Lunatic asylums Punjab 1895-1910 - 1895-1910
Year: 1895
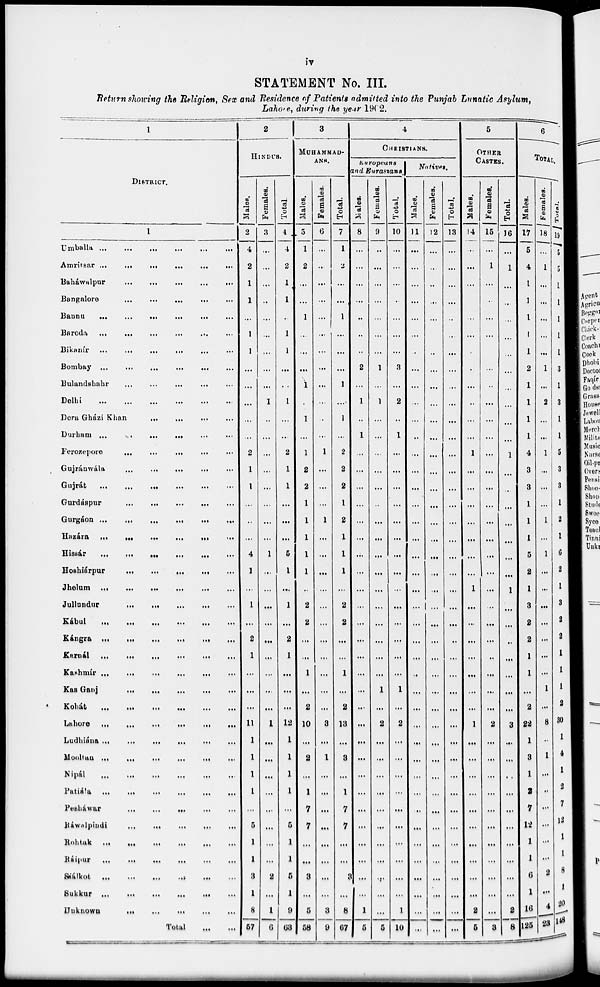
iv
STATEMENT No. III.
Return showing the Religion, Sex and Residence of Patients admitted into the Punjab Lunatic Asylum,
Lahore, during the year 1902.
1
DISTRICT.
1
Umballa
...
...
...
...
...
...
Amritsar
...
...
...
...
...
...
Baháwalpur
...
...
...
...
...
...
Bangalore
...
...
...
...
...
Bannu ... ... ... ... ... ...
Baroda
...
...
...
...
...
...
Bikanír
...
...
...
...
...
...
Bombay ...
...
...
...
...
Bulandshahr
...
...
...
...
...
...
Delhi
...
...
...
...
...
...
Dera Gházi Khan ... ... ... ... ... ...
Durham
...
...
...
...
...
...
Ferozepore
...
...
...
...
...
...
Gujránwála ... ... ... ... ... ...
Gujrát
...
...
...
...
...
...
Gurdáspur
...
...
...
...
...
Gurgáon ... ... ... ... ... ...
Hazára
...
...
...
...
...
...
Hissár
...
...
...
...
...
...
Hoshiárpur
...
...
...
...
...
Jhelum ...
...
...
...
...
...
Jullundur
...
...
...
...
...
...
Kábul
...
...
...
...
...
...
Kángra
...
...
...
...
...
...
Karnál
...
...
...
...
...
...
Kashmír
...
...
...
...
...
...
Kas Ganj ... ... ... ... ... ...
Kohát
...
...
...
...
...
...
Lahore
...
...
...
...
...
...
Ludhiána
...
...
...
...
...
...
Mooltan
...
...
...
...
...
...
Nipál
...
...
...
...
...
...
Patiála
...
...
...
...
...
...
Pesháwar
...
...
...
...
...
...
Ráwalpindi
...
...
...
...
...
...
Rohtak
...
...
...
...
...
...
Ráipur
...
...
...
...
...
...
Siálkot ... ... ... ... ... ...
Sukkur ... ... ... ... ... ...
Unknown
...
...
...
...
...
...
Total
...
...
2
HINDUS.
Males.
2
4
2
1
1
...
1
1
...
...
...
...
...
2
1
1
...
...
...
4
1
...
1
...
2
1
...
...
...
11
1
1
1
1
...
5
1
1
3
1
8
57
Females.
3
...
...
...
...
...
...
...
...
...
1
...
...
...
...
...
...
...
...
1
...
...
...
...
...
...
...
...
...
1
...
...
...
...
...
...
...
...
2
...
1
6
Total.
4
4
2
1
1
...
1
1
....
...
1
...
...
2
1
1
...
...
..
5
1
...
1
...
2
1
...
...
...
12
1
1
1
1
...
5
1
1
5
1
9
63
3
MUHAMMAD-
ANS.
Males.
5
1
2
...
...
1
...
...
...
1
...
1
...
1
2
2
1
1
1
1
1
..
2
2
...
...
1
...
2
10
...
2
...
1
7
7
...
...
3
...
5
58
Females.
6
...
...
....
...
...
...
...
...
...
...
...
...
1
...
...
...
1
...
...
...
...
...
...
...
...
...
...
...
3
...
1
...
...
...
...
...
...
...
...
3
9
Total.
7
1
2
...
...
1
...
...
...
1
...
1
...
2
2
2
1
2
1
1
1
...
2
2
...
...
1
...
2
13
...
3
...
1
7
7
...
...
3
...
8
67
4
CHRISTIANS.
Europeans
and Eurasians.
Males.
8
...
...
...
...
...
...
2
...
1
...
1
...
...
...
...
...
...
...
...
....
...
...
...
...
...
...
...
...
...
...
...
...
...
...
...
...
...
...
1
5
Females.
9
...
...
...
...
...
...
...
1
...
1
...
...
...
...
...
...
...
...
...
...
...
...
...
...
...
...
1
...
2
...
...
...
...
...
...
...
...
...
...
...
5
Total.
10
...
...
...
...
...
...
...
3
...
2
...
1
...
...
...
...
...
...
...
...
...
...
...
...
...
...
1
...
2
...
...
...
...
...
...
...
...
...
...
1
10
Natives.
Males.
11
...
...
...
...
...
...
...
...
...
...
...
..
...
...
....
...
...
...
...
...
...
...
...
...
...
...
...
...
...
...
...
...
...
...
...
...
...
...
...
...
...
Females.
12
...
...
...
...
...
..
...
...
...
...
....
...
...
...
...
...
...
...
...
...
...
...
...
...
...
...
...
...
...
...
...
...
...
...
...
...
...
...
...
...
Total.
13
...
...
...
...
..
...
...
...
...
...
...
...
...
...
...
...
...
...
...
...
...
...
...
...
...
...
...
...
...
...
...
...
...
...
...
...
...
...
...
...
...
5
OTHER
CASTES.
Males.
14
...
...
...
...
...
...
...
...
...
...
...
...
1
...
...
...
...
...
...
...
1
...
...
...
...
...
...
...
1
...
...
...
...
...
...
...
...
...
...
8
5
Females.
15
...
1
...
...
...
...
...
...
...
...
...
...
...
...
...
...
...
...
...
...
...
...
...
...
...
...
...
...
2
...
...
...
...
...
...
...
...
...
...
...
3
Total.
16
...
1
...
...
...
...
...
...
...
...
...
1
...
...
...
...
...
...
...
1
...
...
...
...
...
...
...
8
...
...
...
...
...
...
...
...
...
...
8
8
6
TOTAL.
Males.
17
5
4
1
1
1
1
1
2
1
1
1
1
4
3
3
1
1
1
5
2
1
3
2
2
1
1
...
2
22
1
3
1
...
7
12
1
1
6
1
16
125
Females.
18
...
1
...
...
...
...
...
1
...
2
...
...
1
...
...
...
1
...
1
...
...
...
...
...
...
...
1
...
8
...
1
...
...
...
...
...
...
2
...
4
23
Total.
19
5
5
1
1
1
1
1
3
1
3
1
1
5
3
3
1
2
1
6
2
1
3
2
2
1
1
1
2
30
1
4
1
2
7
12
1
1
8
1
20
148